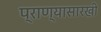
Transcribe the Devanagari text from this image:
प्राण्यासारखी